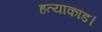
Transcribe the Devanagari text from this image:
हत्याकांड।